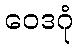
ဝေဒဂုံ